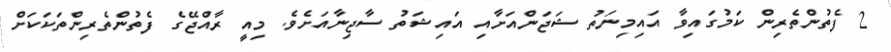
2 ފެތުންތެރިން ކަމުގައިވާ އައިމިނަތު ޝަޖަންއަށާއި އައިޝަތު ސާޖިނާއަށެވެ. މިއީ ރާއްޖޭގެ ފެތުންތެރިންތަކަކަށް